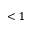
< 1